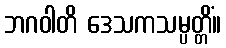
ဘဂဝါတိ ဒေသကသမ္ပတ္တိံ။